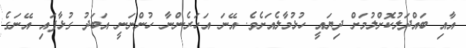
އާއި ބައްދަލުކޮށްލުމަށް ދިޔައީ ހުޅުމާލެއަށެވެ. އޭނަ އަހަރެންނާ ހުންނަނީ އަބަދު ގުޅާފައި އޭނަގެ